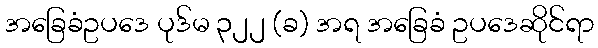
အခြေခံဥပဒေ ပုဒ်မ ၃၂၂ (ခ) အရ အခြေခံ ဥပဒေဆိုင်ရာ